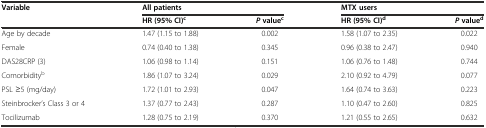
<table><thead><tr><td rowspan="2"><b>Variable</b></td><td colspan="2"><b>All patients</b></td><td colspan="2"><b>MTX users</b></td></tr><tr><td><b>HR (95% CI)<sup>c</sup></b></td><td><b><i>P</i>value<sup>c</sup></b></td><td><b>HR (95% CI)<sup>d</sup></b></td><td><b><i>P</i>value<sup>d</sup></b></td></tr></thead><tbody><tr><td>Age by decade</td><td>1.47 (1.15 to 1.88)</td><td>0.002</td><td>1.58 (1.07 to 2.35)</td><td>0.022</td></tr><tr><td>Female</td><td>0.74 (0.40 to 1.38)</td><td>0.345</td><td>0.96 (0.38 to 2.47)</td><td>0.940</td></tr><tr><td>DAS28CRP (3)</td><td>1.06 (0.98 to 1.14)</td><td>0.151</td><td>1.06 (0.76 to 1.48)</td><td>0.744</td></tr><tr><td>Comorbidity<sup>b</sup></td><td>1.86 (1.07 to 3.24)</td><td>0.029</td><td>2.10 (0.92 to 4.79)</td><td>0.077</td></tr><tr><td>PSL ≥5 (mg/day)</td><td>1.72 (1.01 to 2.93)</td><td>0.047</td><td>1.64 (0.74 to 3.63)</td><td>0.223</td></tr><tr><td>Steinbrocker’s Class 3 or 4</td><td>1.37 (0.77 to 2.43)</td><td>0.287</td><td>1.10 (0.47 to 2.60)</td><td>0.825</td></tr><tr><td>Tocilizumab</td><td>1.28 (0.75 to 2.19)</td><td>0.370</td><td>1.21 (0.55 to 2.65)</td><td>0.632</td></tr></tbody></table>